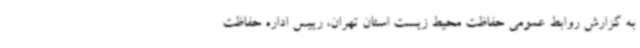
به گزارش روابط عمومی حفاظت محیط زیست استان تهران، رییس اداره حفاظت